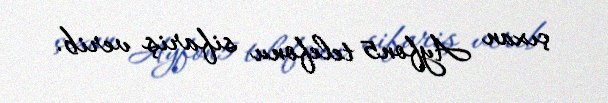
çıxan Ayfon5 telefonu sifariş verib.